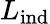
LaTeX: L_{\mathrm{ind}}